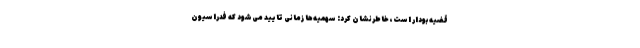
قضیه بودار است، خاطرنشان کرد: سهمیه‌ها زمانی تایید می‌شود که فدراسیون